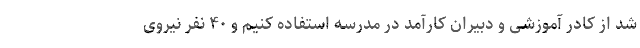
شد از کادر آموزشی و دبیران کارآمد در مدرسه استفاده کنیم و ۴۰ نفر نیروی